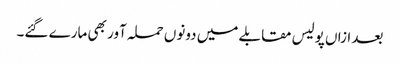
بعد ازاں پولیس مقابلے میں دونوں حملہ آور بھی مارے گئے۔